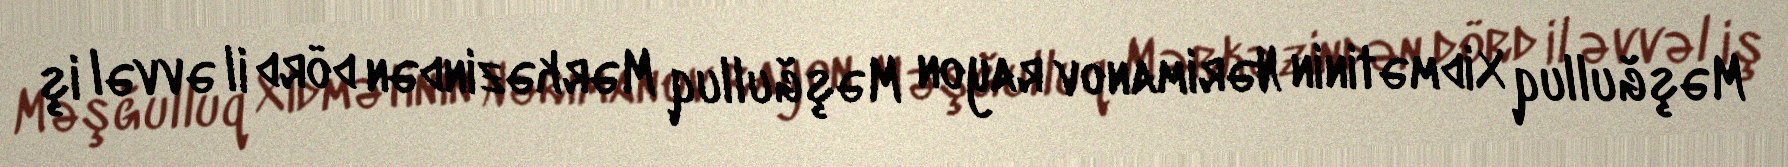
Məşğulluq Xidmətinin Nərimanov rayon Məşğulluq Mərkəzindən dörd il əvvəl iş